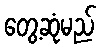
တွေ့ဆုံမည်